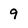
Character: 9